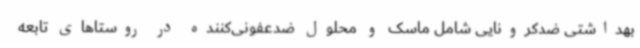
بهداشتی ضدکرونایی شامل ماسک و محلول ضدعفونی‌کننده در روستاهای تابعه